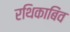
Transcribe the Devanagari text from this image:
रथिकाबिंव